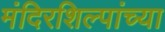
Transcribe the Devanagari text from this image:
मंदिरशिल्पांच्या